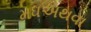
મધઅથવા